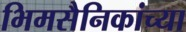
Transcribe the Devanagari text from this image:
भिमसैनिकांच्या